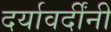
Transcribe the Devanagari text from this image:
दर्यावर्दींनी